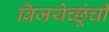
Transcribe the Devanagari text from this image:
विजयेच्छूंची